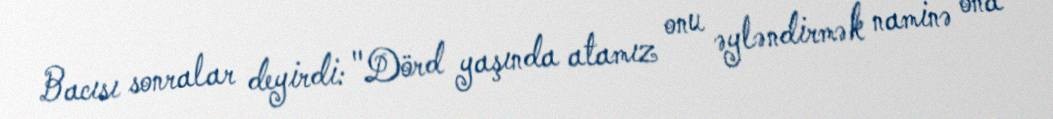
Bacısı sonralar deyirdi: "Dörd yaşında atamız onu əyləndirmək naminə ona